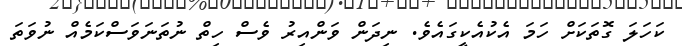
ކަހަލަ ގޮތަކަށް ހަމަ އެކުއެކީގައެވެ. ނިދަން ވަންއިރު ވެސް ހިތް ނުތަނަވަސްކަމެއް ނުވަތަ